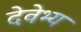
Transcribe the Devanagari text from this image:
देवेभ्य